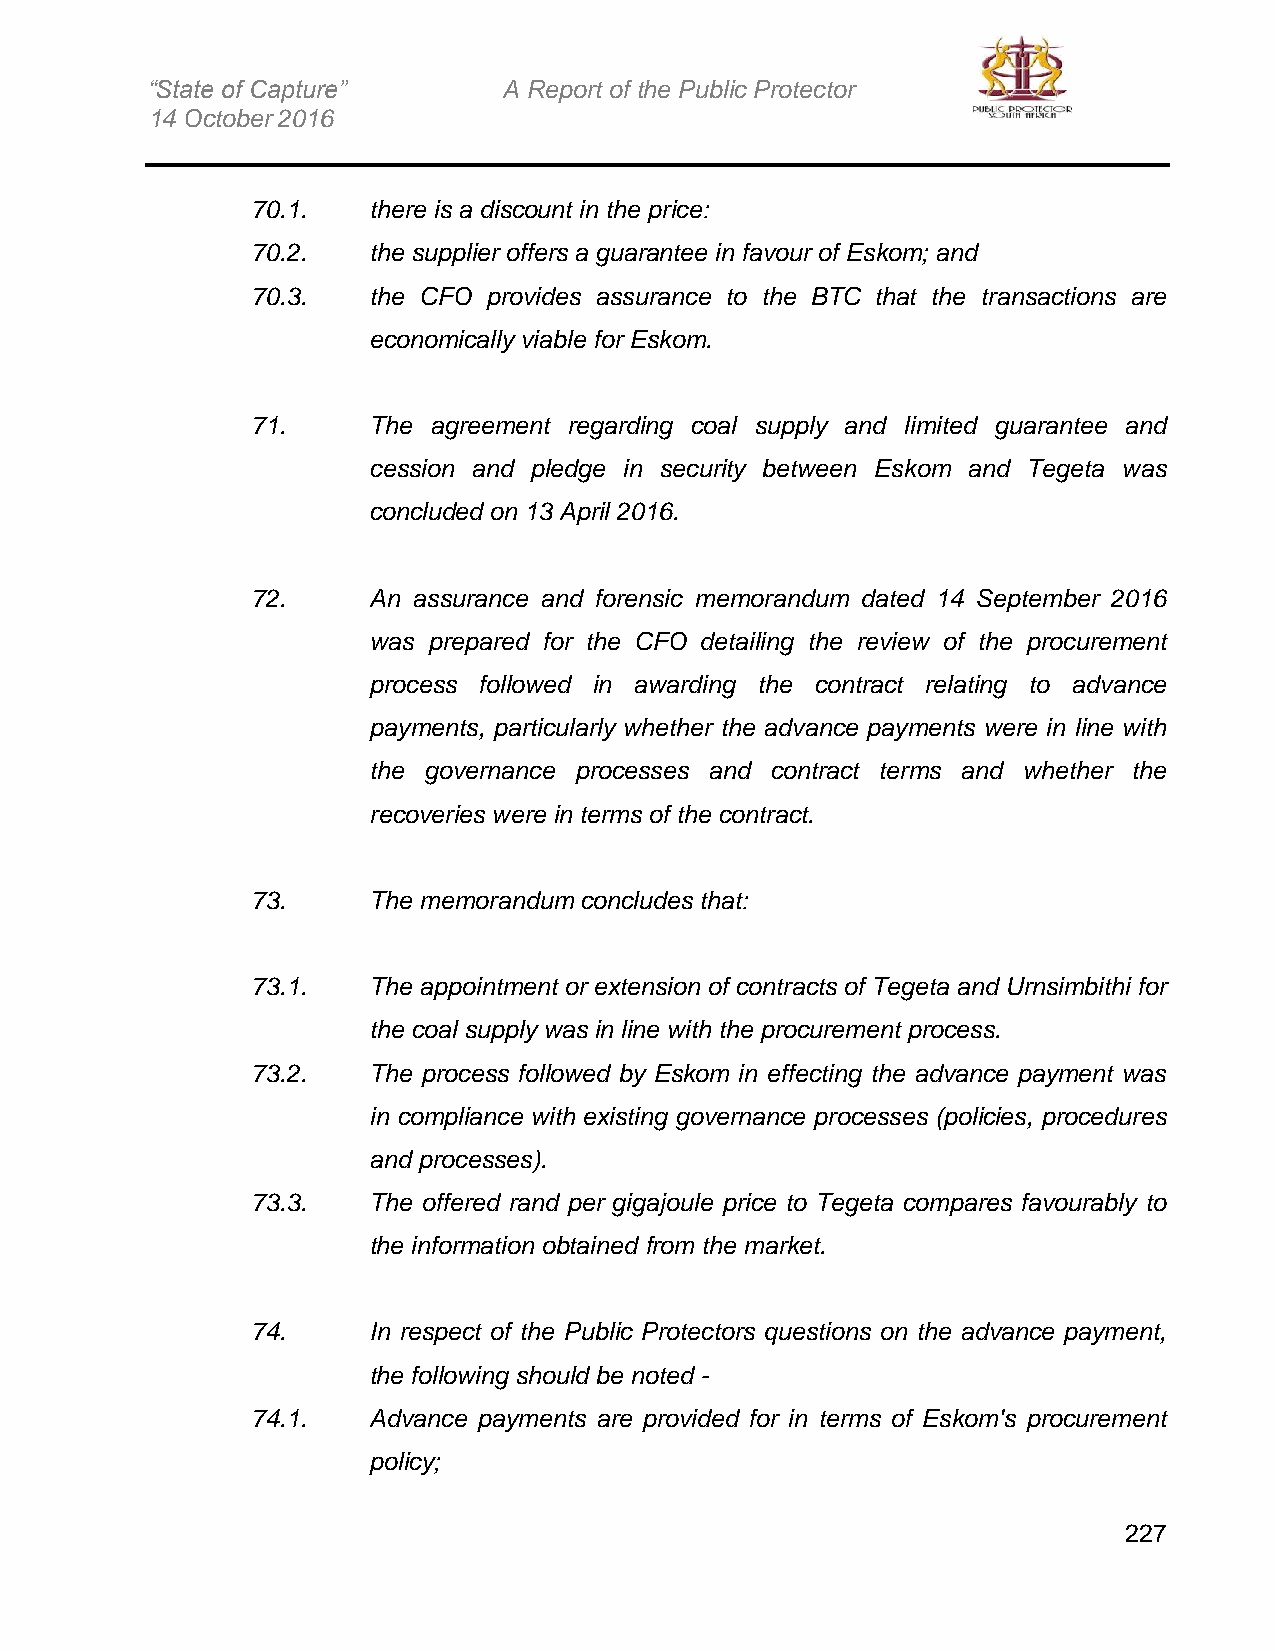
“State of Capture”     A Report of the Public Protector
 14 October 2016
 70.1.  there is a discount in the price:
 70.2.  the supplier offers a guarantee in favour of Eskom; and
 70.3.  the CFO provides assurance to the BTC that the transactions are
 economically viable for Eskom.
 71.    The agreement regarding coal supply and limited guarantee and
 cession and pledge in security between Eskom and Tegeta was
 concluded on 13 April 2016.
 72.    An assurance and forensic memorandum dated 14 September 2016
 was prepared for the CFO detailing the review of the procurement
 process followed in awarding the contract relating to advance
 payments, particularly whether the advance payments were in line with
 the governance processes and contract terms and whether the
 recoveries were in terms of the contract.
 73.    The memorandum concludes that:
 73.1.  The appointment or extension of contracts of Tegeta and Urnsimbithi for
 the coal supply was in line with the procurement process.
 73.2.  The process followed by Eskom in effecting the advance payment was
 in compliance with existing governance processes (policies, procedures
 and processes).
 73.3.  The offered rand per gigajoule price to Tegeta compares favourably to
 the information obtained from the market.
 74.    In respect of the Public Protectors questions on the advance payment,
 the following should be noted -
 74.1.  Advance payments are provided for in terms of Eskom's procurement
 policy;
 227